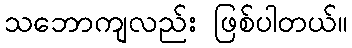
သဘောကျလည်း ဖြစ်ပါတယ်။